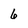
Character: 6